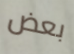
بعض